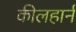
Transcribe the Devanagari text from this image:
कीलहार्न